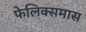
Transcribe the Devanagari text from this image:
फेलिक्समास